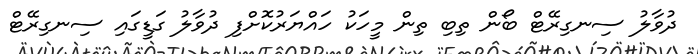
ދުވާލު ސިނގިރޭޓް ބޯން ތިބި ތިން މީހަކު ހައްޔަރުކޮށްފި ދުވާލު ގަޑީގައި ސިނގިރޭޓް